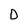
Character: D